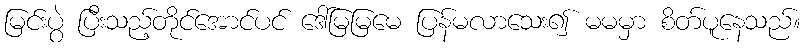
မြင်းပွဲ ပြီးသည့်တိုင်အောင်ပင် ဒေါ်မြမြမေ ပြန်မလာသေး၍ မမမှာ စိတ်ပူနေသည်။